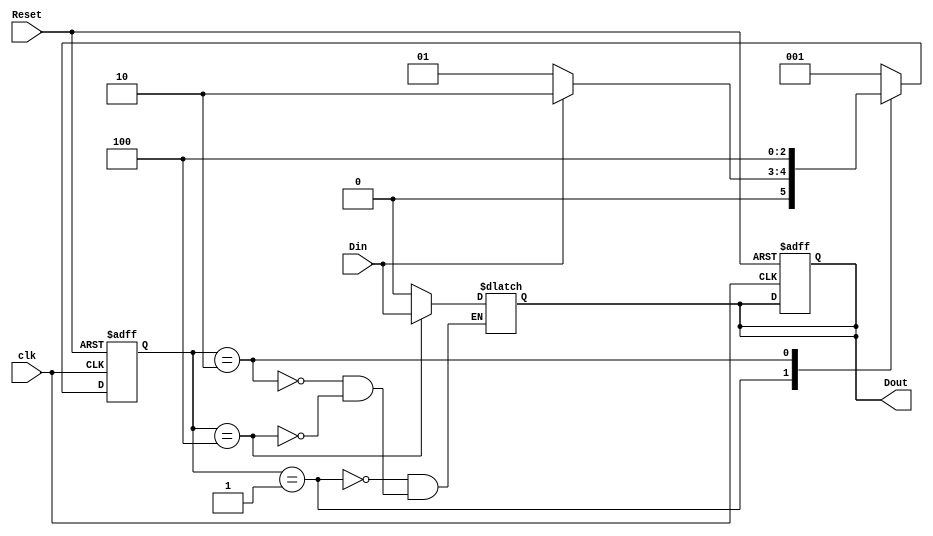
module fsml_behavioral (
    output reg Dout,
    input wire clk,
    input wire Reset,
    input wire Din
);
    parameter IDLE = 3'b001;
    parameter MIDWAY = 3'b010;
    parameter DONE = 3'b100;

    reg [2:0] state, next_state;

    always @(posedge clk or posedge Reset) begin
        if (Reset) begin
            state <= IDLE;
            Dout <= 1'b0;
        end else begin
            state <= next_state;
        end
    end

    always @(*) begin
        case (state)
            IDLE: begin
                if (Din) begin
                    next_state = MIDWAY;
                    Dout = 1'b0;
                end else begin
                    next_state = IDLE;
                    Dout = 1'b0;
                end
            end
            MIDWAY: begin
                next_state = DONE;
                Dout = 1'b0;
            end
            DONE: begin
                next_state = IDLE;
                Dout = Din;
            end
            default: next_state = IDLE;
        endcase
    end

endmodule

module fsml_behavioral_tb;

    parameter CLK_PERIOD = 10;

    reg clk;
    reg Reset;
    reg Din;
    wire Dout;

    fsml_behavioral DUT (
        .clk(clk),
        .Reset(Reset),
        .Din(Din),
        .Dout(Dout)
    );

    always #((CLK_PERIOD / 2)) clk <= ~clk;

    initial begin
        $dumpfile("fsml_behavioral_tb.vcd");
        $dumpvars(0, fsml_behavioral_tb);

        Reset = 1;
        #20 Reset = 0;

        Din = 0;
        #20 Din = 1;
        #20 Din = 0;
        #20 Din = 1;
        #20 Din = 0;
        #20 $finish;
    end

endmodule

module fsml_behavioral_wb;

    reg clk;
    reg Reset;
    reg Din;
    wire Dout;

    fsml_behavioral DUT (
        .clk(clk),
        .Reset(Reset),
        .Din(Din),
        .Dout(Dout)
    );

    initial begin
        clk = 0;
    end

    always #5 clk <= ~clk;

    initial begin
        $monitor("Time %0t, Reset: %b, Din: %b, Dout: %b, clk: %b, current_state: %b", $time, Reset, Din, Dout, clk, DUT.state);
        $dumpfile("fsml_behavioral_wb.vcd");
        $dumpvars(0, fsml_behavioral_wb);

        Reset = 1;
        #20 Reset = 0;

        Din = 0;
        #10 Din = 1;
        #10 Din = 0;
        #10 Din = 1;
        #10 Din = 0;
        #10 Din = 1;
        #10 Din = 0;

        #50 $finish;
    end

endmodule